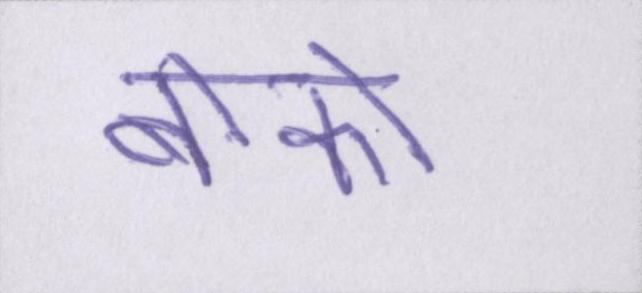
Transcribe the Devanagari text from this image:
बोको